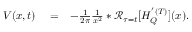
\begin{array} { r l r } { V ( x , t ) } & { { } = } & { - \frac { 1 } { 2 \pi } \frac { 1 } { x ^ { 2 } } * \mathcal { R } _ { \tau = t } [ H _ { Q } ^ { ' ( T ) } ] ( x ) . } \end{array}